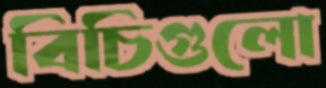
বিচিগুলো